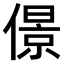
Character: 𠎠